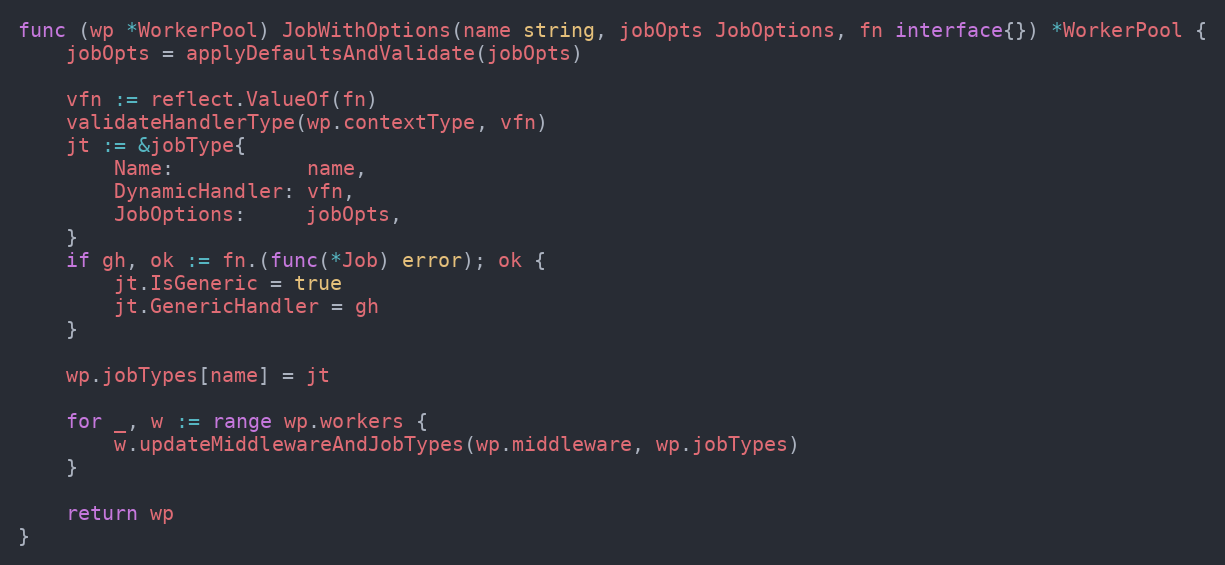
Language: Go
func (wp *WorkerPool) JobWithOptions(name string, jobOpts JobOptions, fn interface{}) *WorkerPool {
	jobOpts = applyDefaultsAndValidate(jobOpts)

	vfn := reflect.ValueOf(fn)
	validateHandlerType(wp.contextType, vfn)
	jt := &jobType{
		Name:           name,
		DynamicHandler: vfn,
		JobOptions:     jobOpts,
	}
	if gh, ok := fn.(func(*Job) error); ok {
		jt.IsGeneric = true
		jt.GenericHandler = gh
	}

	wp.jobTypes[name] = jt

	for _, w := range wp.workers {
		w.updateMiddlewareAndJobTypes(wp.middleware, wp.jobTypes)
	}

	return wp
}